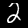
Label: 2